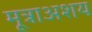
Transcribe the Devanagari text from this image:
मूत्राअशय